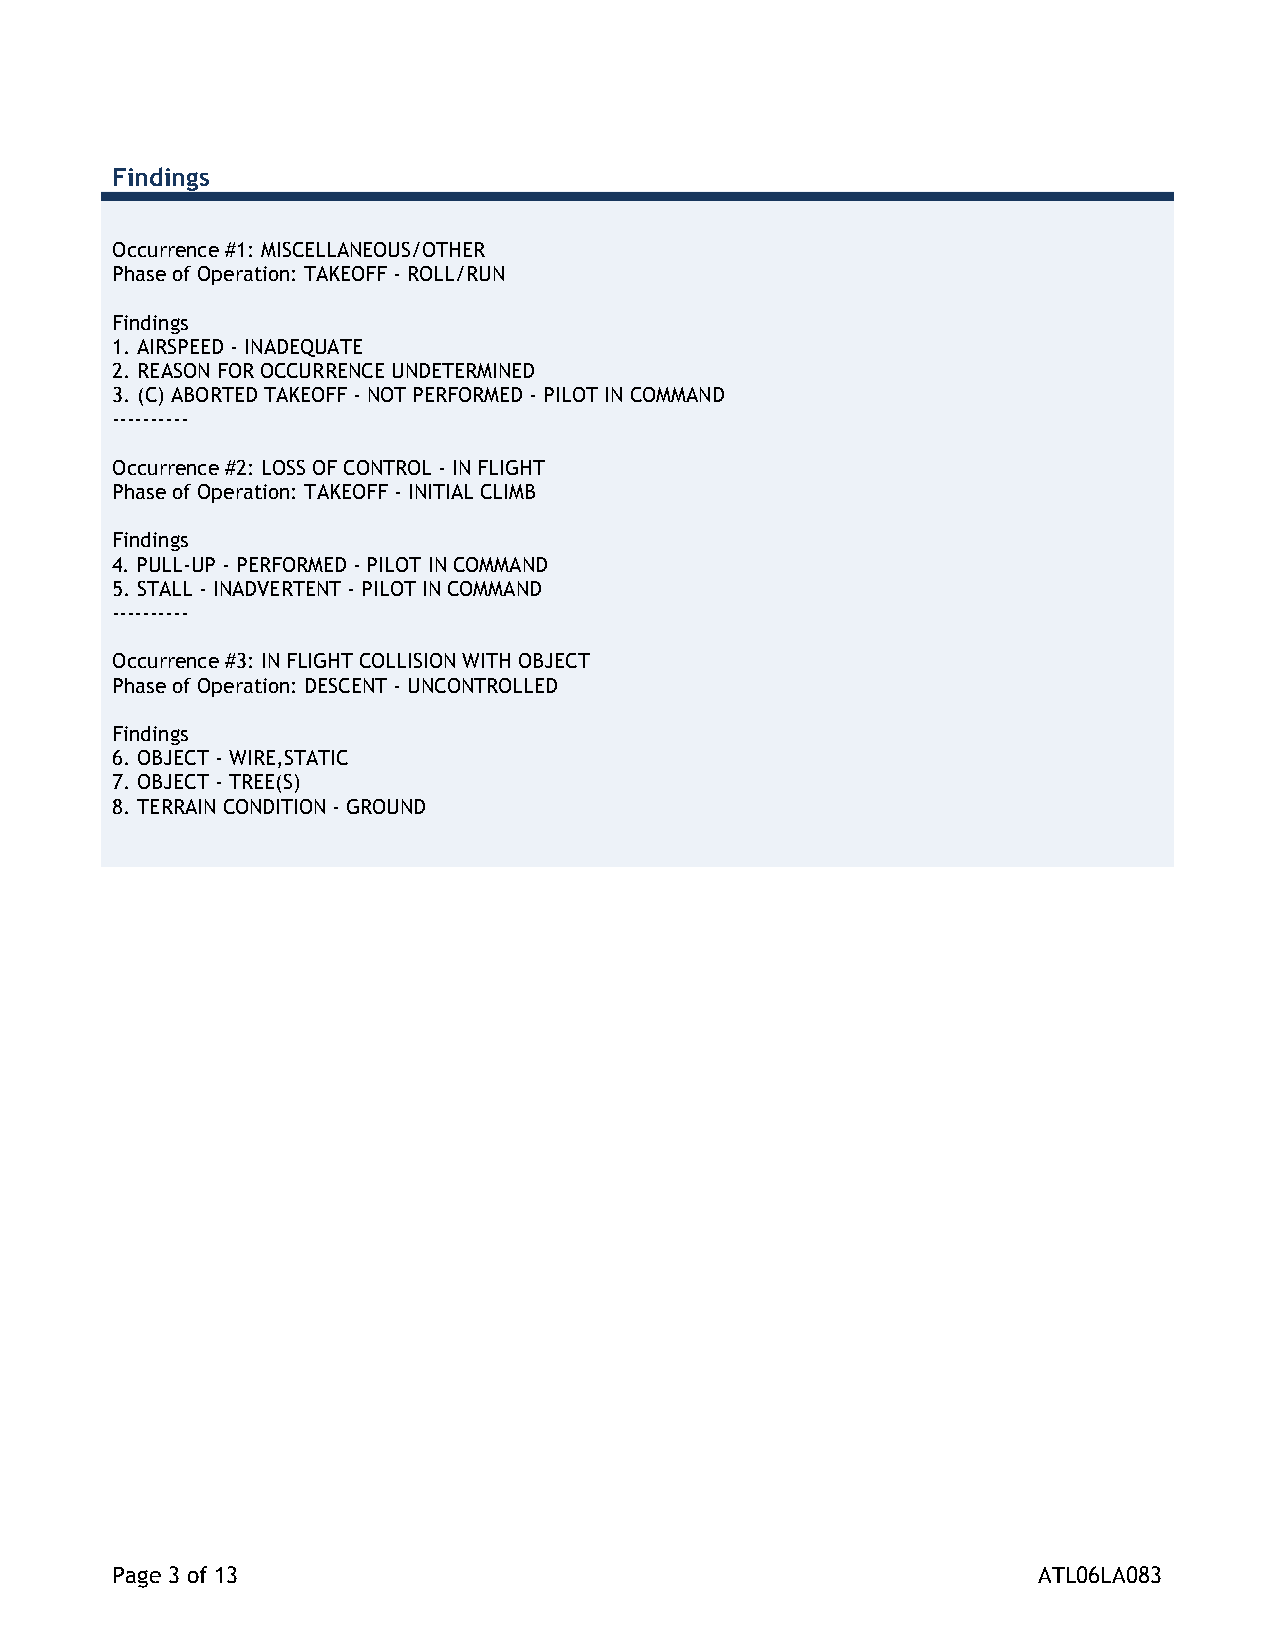
Findings
 Occurrence #1: MISCELLANEOUS/OTHER
 Phase of Operation: TAKEOFF - ROLL/RUN
 Findings
 1. AIRSPEED - INADEQUATE
 2. REASON FOR OCCURRENCE UNDETERMINED
 3. (C) ABORTED TAKEOFF - NOT PERFORMED - PILOT IN COMMAND
 ----------
 Occurrence #2: LOSS OF CONTROL - IN FLIGHT
 Phase of Operation: TAKEOFF - INITIAL CLIMB
 Findings
 4. PULL-UP - PERFORMED - PILOT IN COMMAND
 5. STALL - INADVERTENT - PILOT IN COMMAND
 ----------
 Occurrence #3: IN FLIGHT COLLISION WITH OBJECT
 Phase of Operation: DESCENT - UNCONTROLLED
 Findings
 6. OBJECT - WIRE,STATIC
 7. OBJECT - TREE(S)
 8. TERRAIN CONDITION - GROUND
 Page 3 of 13                                                  ATL06LA083